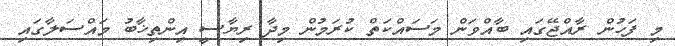
މި ފަހުން ރާއްޖޭގައި ބާއްވަން މަސައްކަތް ކުރަމުން މިދާ ރިޔާސީ އިންތިޚާބު މައްސަލާގައި